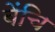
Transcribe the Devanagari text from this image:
बेंचि